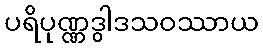
ပရိပုဏ္ဏဒွါဒသဝဿာယ